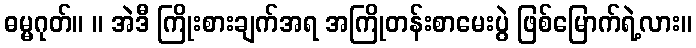
ဓမ္မဂုတ်။ ။ အဲဒီ ကြိုးစားချက်အရ အကြိုတန်းစာမေးပွဲ ဖြစ်မြောက်ရဲ့လား။